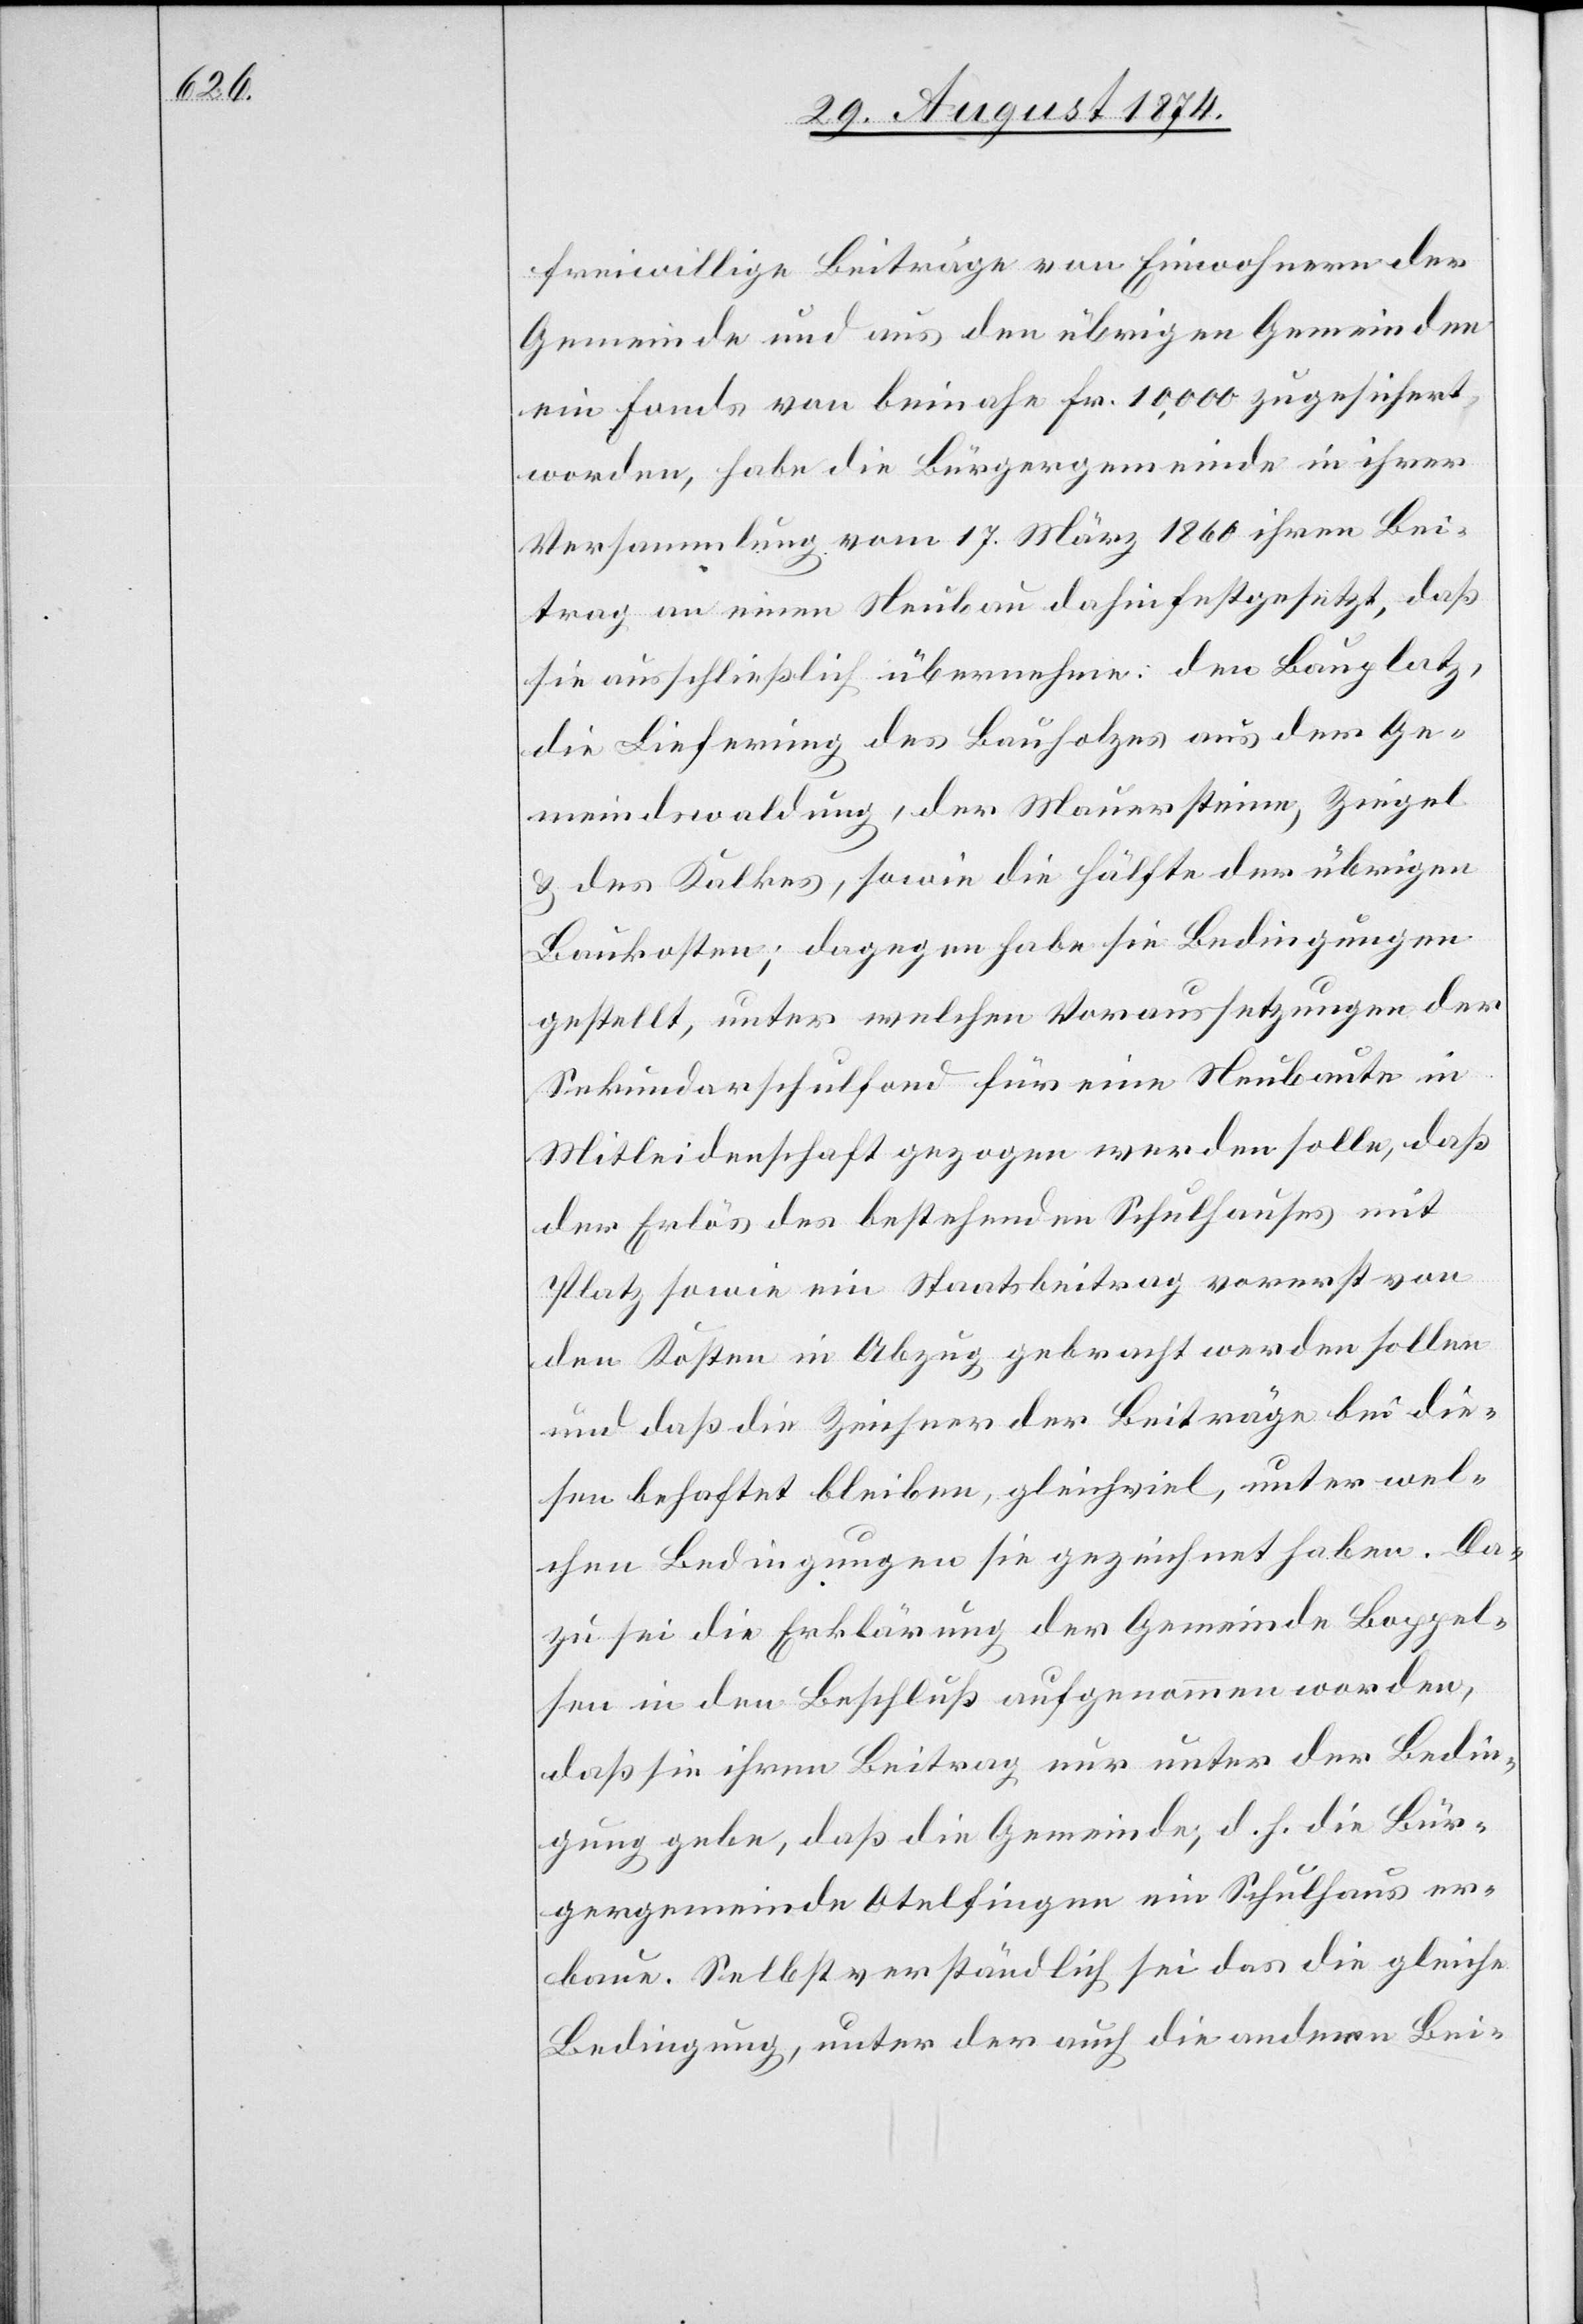
freiwillige Beiträge von Einwohnern der
Gemeinde und aus den übrigen Gemeinden
ein Fonds von beinahe Fr. 10,000 zugesichert
worden, habe die Bürgergemeinde in ihrer
Versammlung vom 17. März 1860 ihren Bei¬
trag an einen Neubau dahin festgesetzt, daß
sie ausschließlich übernehme: den Bauplatz,
die Lieferung des Bauholzes aus der Ge¬
meindswaldung, der Mauersteine, Ziegel
u. des Kalkes, sowie die Hälfte der übrigen
Baukosten; dagegen habe sie Bedingungen
gestellt, unter welchen Voraussetzungen der
Sekundarschulfond für eine Neubaute in
Mitleidenschaft gezogen werden solle, daß
der Erlös des bestehenden Schulhauses mit
Platz sowie ein Staatsbeitrag vorerst von
den Kosten in Abzug gebracht werden sollen
und daß die Zeichner der Beiträge bei die¬
sen behaftet bleiben, gleichviel, unter wel¬
chen Bedingungen sie gezeichnet haben. Da¬
zu sei die Erklärung der Gemeinde Boppel¬
sen in den Beschluß aufgenommen worden,
daß sie ihren Beitrag nur unter der Bedin¬
gung gebe, daß die Gemeinde, d. h. die Bür¬
gergemeinde Otelfingen ein Schulhaus er¬
baue. Selbstverständlich sei das die gleiche
Bedingung, unter der auch die andern Bei-